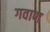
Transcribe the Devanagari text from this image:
गवाण